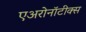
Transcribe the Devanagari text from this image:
एअरोनॉटीक्स